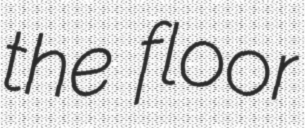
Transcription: the floor